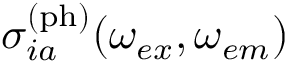
\sigma _ { i a } ^ { \mathrm { ( p h ) } } ( \omega _ { e x } , \omega _ { e m } )